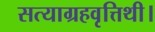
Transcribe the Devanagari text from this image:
सत्याग्रहवृत्तिथी।